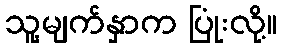
သူ့မျက်နှာက ပြုံးလို့။